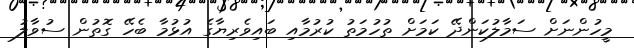
މީހުންނަށް ސަމާލުކަންދޭ ކަމަށް ތުހުމަތު ކުރުމާއި ބައިވެރިޔާގެ އުޅުމާ ބެހޭ ގޮތުން ސުވާލު